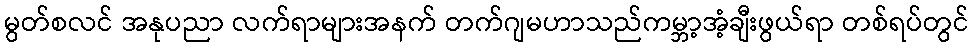
မွတ်စလင် အနုပညာ လက်ရာများအနက် တက်ဂျမဟာသည်ကမ္ဘာ့အံ့ချီးဖွယ်ရာ တစ်ရပ်တွင်